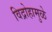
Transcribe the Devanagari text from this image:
विद्रोहामुळे